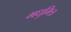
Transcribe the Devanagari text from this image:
मधुमित्र